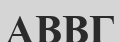
АВВГ